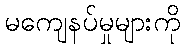
မကျေနပ်မှုများကို